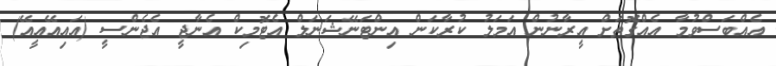
އެއްބަސްވުމާ އެއްގޮތަށް އީރާނުން އަމަލު ކުރާކަން އިންޓަނޭޝަނަލް އެޓޮމިކް އެނާޖީ އެޖެންސީ (އައިއޭއީއޭ)